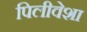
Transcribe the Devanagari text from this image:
पिलीवेशा